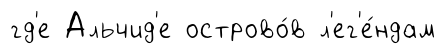
гд'е Альчид'е острово́в л'ег'е́ндам